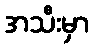
အသီးမှာ